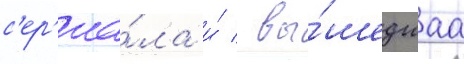
с'ер'иа́ла и́ / вы́шедшаа